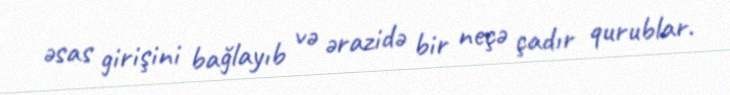
əsas girişini bağlayıb və ərazidə bir neçə çadır qurublar.